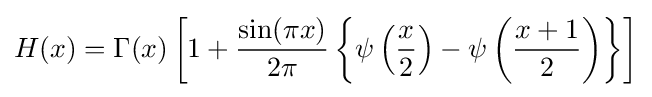
H(x)=\Gamma (x)\left[1+{\frac {\sin(\pi x)}{2\pi }}\left\{\psi \left({\dfrac {x}{2}}\right)-\psi \left({\dfrac {x+1}{2}}\right)\right\}\right]